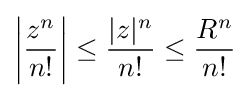
\left|{\frac {z^{n}}{n!}}\right|\leq {\frac {|z|^{n}}{n!}}\leq {\frac {R^{n}}{n!}}